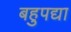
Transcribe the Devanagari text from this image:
बहुपद्या